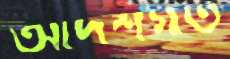
আদর্শগত